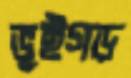
ভূইগড়